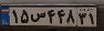
۱۵س۴۴۸۳۱